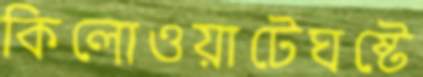
কিলোওয়াটেঘষ্‌টে